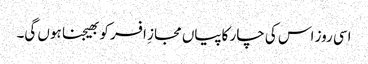
اسی روز اس کی چار کاپیاں مجازِ افسر کو بھیجنا ہوں گی۔